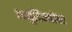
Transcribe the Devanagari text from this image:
अनुदिन्यांवर